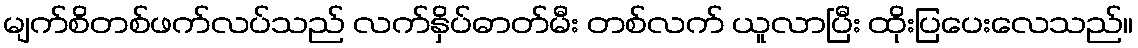
မျက်စိတစ်ဖက်လပ်သည် လက်နှိပ်ဓာတ်မီး တစ်လက် ယူလာပြီး ထိုးပြပေးလေသည်။